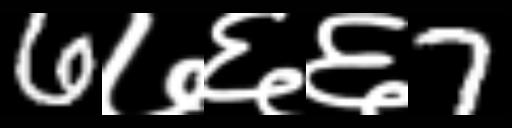
Text: 6७६६7